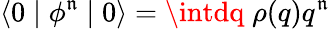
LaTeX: \langle0\mid\phi^{\mathfrak{n}}\mid0\rangle=\intdq\; \rho(q)q^{\mathfrak{n}}